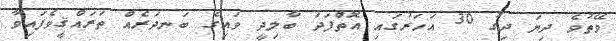
ވޭތުވެ ދިޔަ ދިގު 30 އަހަރުގައި އޮތްފަދަ ބާލިދީ ވައިގެ ބަނދަރެއް ތަރައްޤީވެފައިވާ